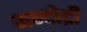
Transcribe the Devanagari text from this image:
मन्दोद्री